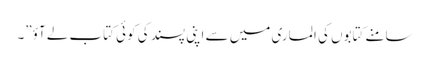
سامنے کتابوں کی الماری میں سے اپنی پسند کی کوئی کتاب لے آؤ”۔